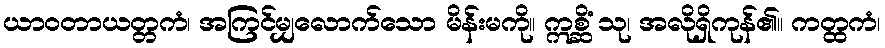
ယာဝတာယတ္တကံ၊ အကြင်မျှလောက်သော မိန်းမကို။ ဣစ္ဆိံ သု၊ အလိုရှိကုန်၏။ ကတ္ထကံ၊